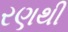
રણથી